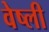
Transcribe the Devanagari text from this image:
वेष्ली